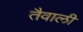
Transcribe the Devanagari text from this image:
तैवाली